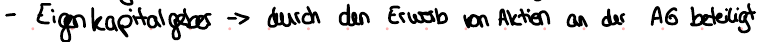
- Eigenkapitalgeber -> durch den Erwerb von Aktien an der AG beteiligt